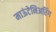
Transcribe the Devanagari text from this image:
माऊंटेनिअरिंग